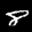
Label: 8